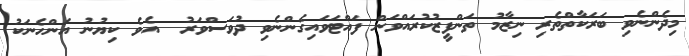
މިދެންނެވި ބަރަކާތްތެރި ނިޒާމު ތަންފީޒުކުރައްވަން ފައްޓަވައިގެންނެވި ދުވަސްވަރު  އެވެ ކިޔުނު އަންހެނަކު